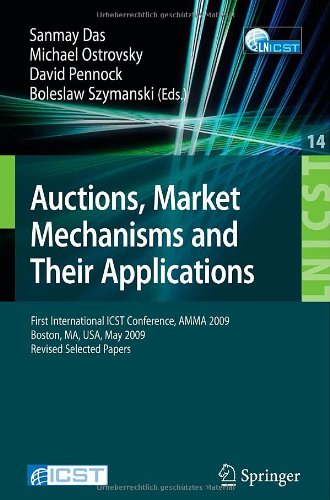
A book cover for Auctions, Market Mechanisms and Their Applications: First International ICST Conference, AMMA 2009, Boston, MA, USA, May 8-9, 2009, Revised Selected ... and Telecommunications Engineering); Computers & Technology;